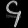
Digit: ၄